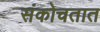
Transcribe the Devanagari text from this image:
संकोचतात